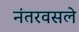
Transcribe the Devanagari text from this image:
नंतरवसले